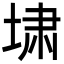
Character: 㙌